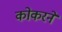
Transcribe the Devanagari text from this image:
कोकरने